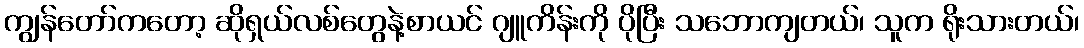
ကျွန်တော်ကတော့ ဆိုရှယ်လစ်တွေနဲ့စာယင် ဂျူကိန်းကို ပိုပြီး သဘောကျတယ်၊ သူက ရိုးသားတယ်၊